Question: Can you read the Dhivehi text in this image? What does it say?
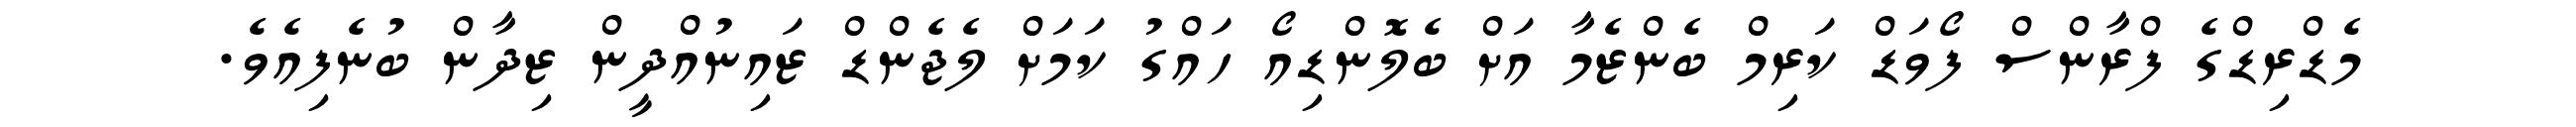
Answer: މެޑްރިޑްގެ ފްރާންސް ފޯވަޑް ކަރިމް ބެންޒެމާ އަށް ބެލޮންޑިއޯ ހައްގު ކަމަށް ލެޖެންޑް ޒައިނުއްދީން ޒިދާން ބުނެފިއެވެ.